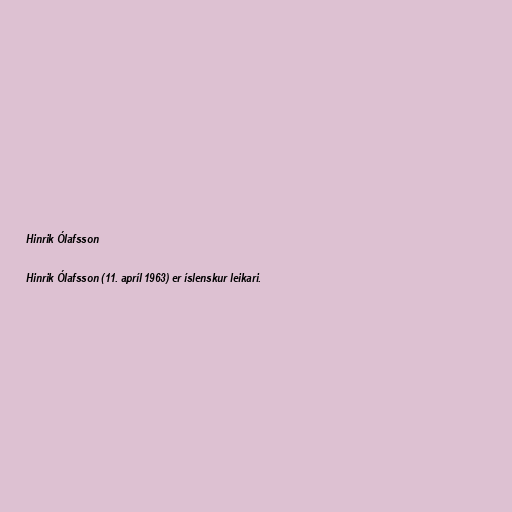
Hinrik Ólafsson

Hinrik Ólafsson (11. apríl 1963) er íslenskur leikari.